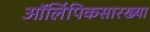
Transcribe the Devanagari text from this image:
ऑलिंपिकसारख्या